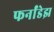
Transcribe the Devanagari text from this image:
फर्नांडेझ